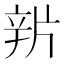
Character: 𨐏